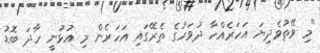
"މި ވޭތުވެދިޔަ އަހަރެއްހާ ދުވަހުގެ ތެރޭގައި އަހަރެން މި އުޅުނީ ހާދަ ބޮޑު